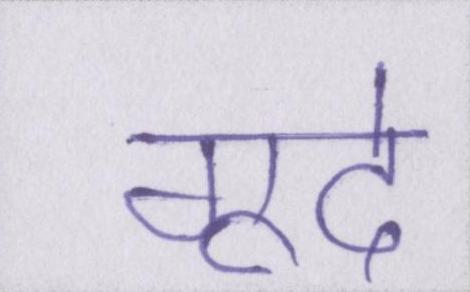
गूदे